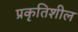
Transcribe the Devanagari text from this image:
प्रकृतिशील